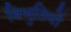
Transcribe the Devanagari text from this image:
बिभुतियों